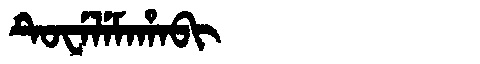
Manchu: ᡨᡠᠸᡝᠯᡝᠮᠠᡥᠠᠪᡳ
Romanization: TUWELEMAHABI